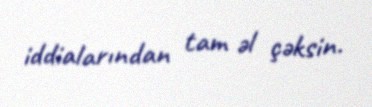
iddialarından tam əl çəksin.